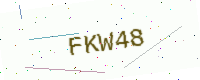
Text: FKW48